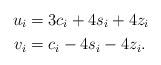
LaTeX: \begin{align*}u_i &= 3c_i+4 s_{ i}+4z_i \\v_i &= c_i- 4s_{ i}-4z_i.\end{align*}